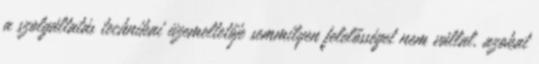
a szolgáltatás technikai üzemeltetője semmilyen felelősséget nem vállal, azokat